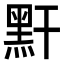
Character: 䵟